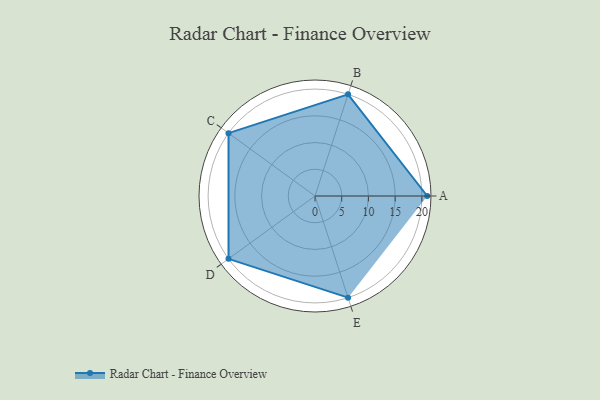
{"axis": {"x": "Skill", "y": "Score"}, "legend": ["Profile"], "data": [{"x": "A", "y": 21.0, "type": "Profile"}, {"x": "B", "y": 20, "type": "Profile"}, {"x": "C", "y": 20, "type": "Profile"}, {"x": "D", "y": 20, "type": "Profile"}, {"x": "E", "y": 20, "type": "Profile"}]}